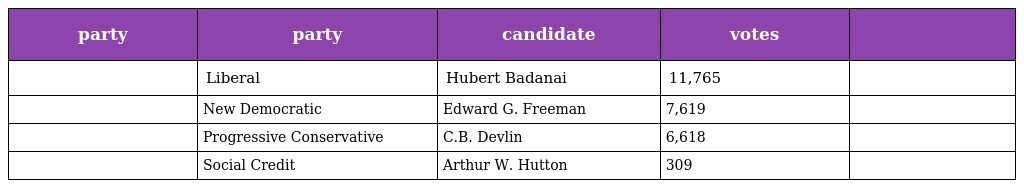
| party | party | candidate | votes |  |
 | --- | --- | --- | --- | --- |
 |  | Liberal | Hubert Badanai | 11,765 |  |
 |  | New Democratic | Edward G. Freeman | 7,619 |  |
 |  | Progressive Conservative | C.B. Devlin | 6,618 |  |
 |  | Social Credit | Arthur W. Hutton | 309 |  |